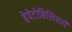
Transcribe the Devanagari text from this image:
हेपेटोबिलियरी